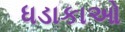
ધડાકાઓ